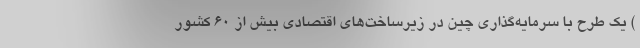
) یک طرح با سرمایه‌گذاری چین در زیرساخت‌های اقتصادی بیش از ۶۰ کشور